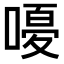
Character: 𫫫